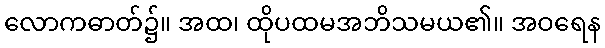
လောကဓာတ်၌။ အထ၊ ထိုပထမအဘိသမယ၏။ အဝရေန